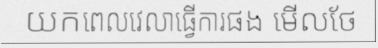
យកពេលវេលាធ្វើការផង មើលថែ